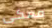
معكى